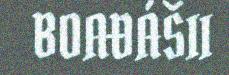
BOAĐÁŠII